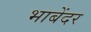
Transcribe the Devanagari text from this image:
भाबेंदर